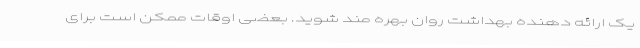
یک ارائه دهنده بهداشت روان بهره مند شوید. بعضی اوقات ممکن است برای